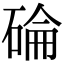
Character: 碖